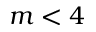
m < 4